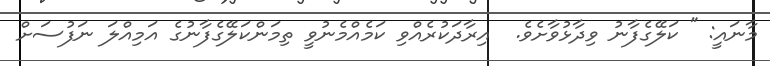
މާނައީ: " ކަލޭގެފާނު ވިދާޅުވާށެވެ.  އިރާދަކުރެއްވި ކަމެއްމެނުވީ ތިމަންކަލޭގެފާނުގެ އަމިއްލަ ނަފުސަށް